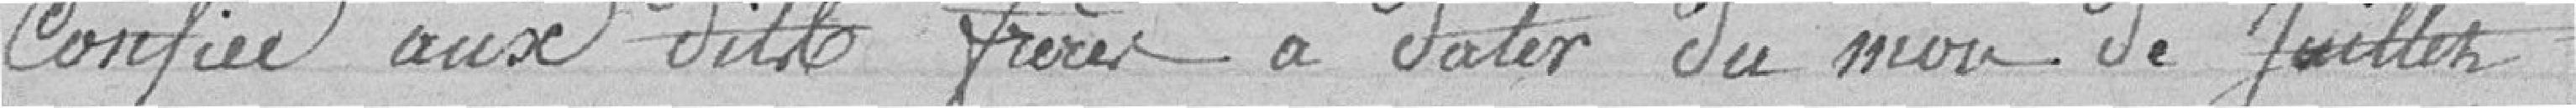
confiée aux dits frères à dater du moi de juillet